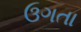
ઉગતા